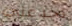
تخدعني